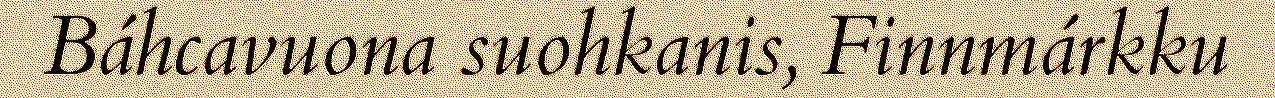
Báhcavuona suohkanis, Finnmárkku